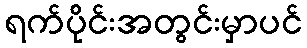
ရက်ပိုင်းအတွင်းမှာပင်